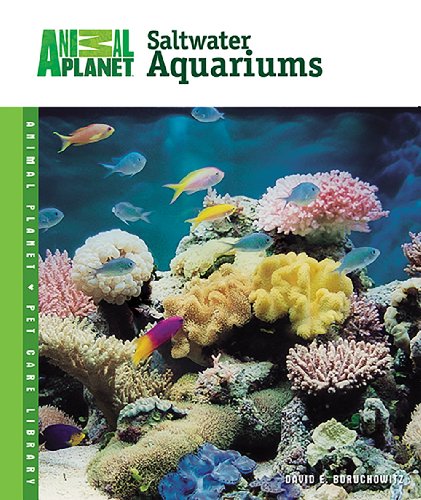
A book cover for Setup & Care of Saltwater Aquariums (Animal PlanetÂ® Pet Care Library); David E. Boruchowitz; Crafts, Hobbies & Home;